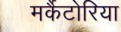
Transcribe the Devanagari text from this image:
मर्कैटोरिया